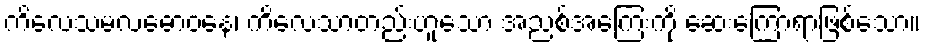
ကိလေသမလဓောဝနေ၊ ကိလေသာတည်းဟူသော အညစ်အကြေးကို ဆေးကြောရာဖြစ်သော။